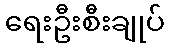
ရေးဦးစီးချုပ်